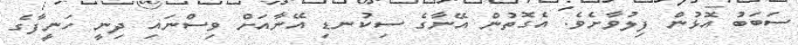
ސަބަބު އޮޅުން ފިލުވާށެވެ. އެގޮތުން އޭނާގެ ސިކުނޑި އޭނާއަށް ވިސްނައި ދިނީ ހަނީފާގެ